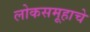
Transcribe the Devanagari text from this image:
लोकसमूहाचे